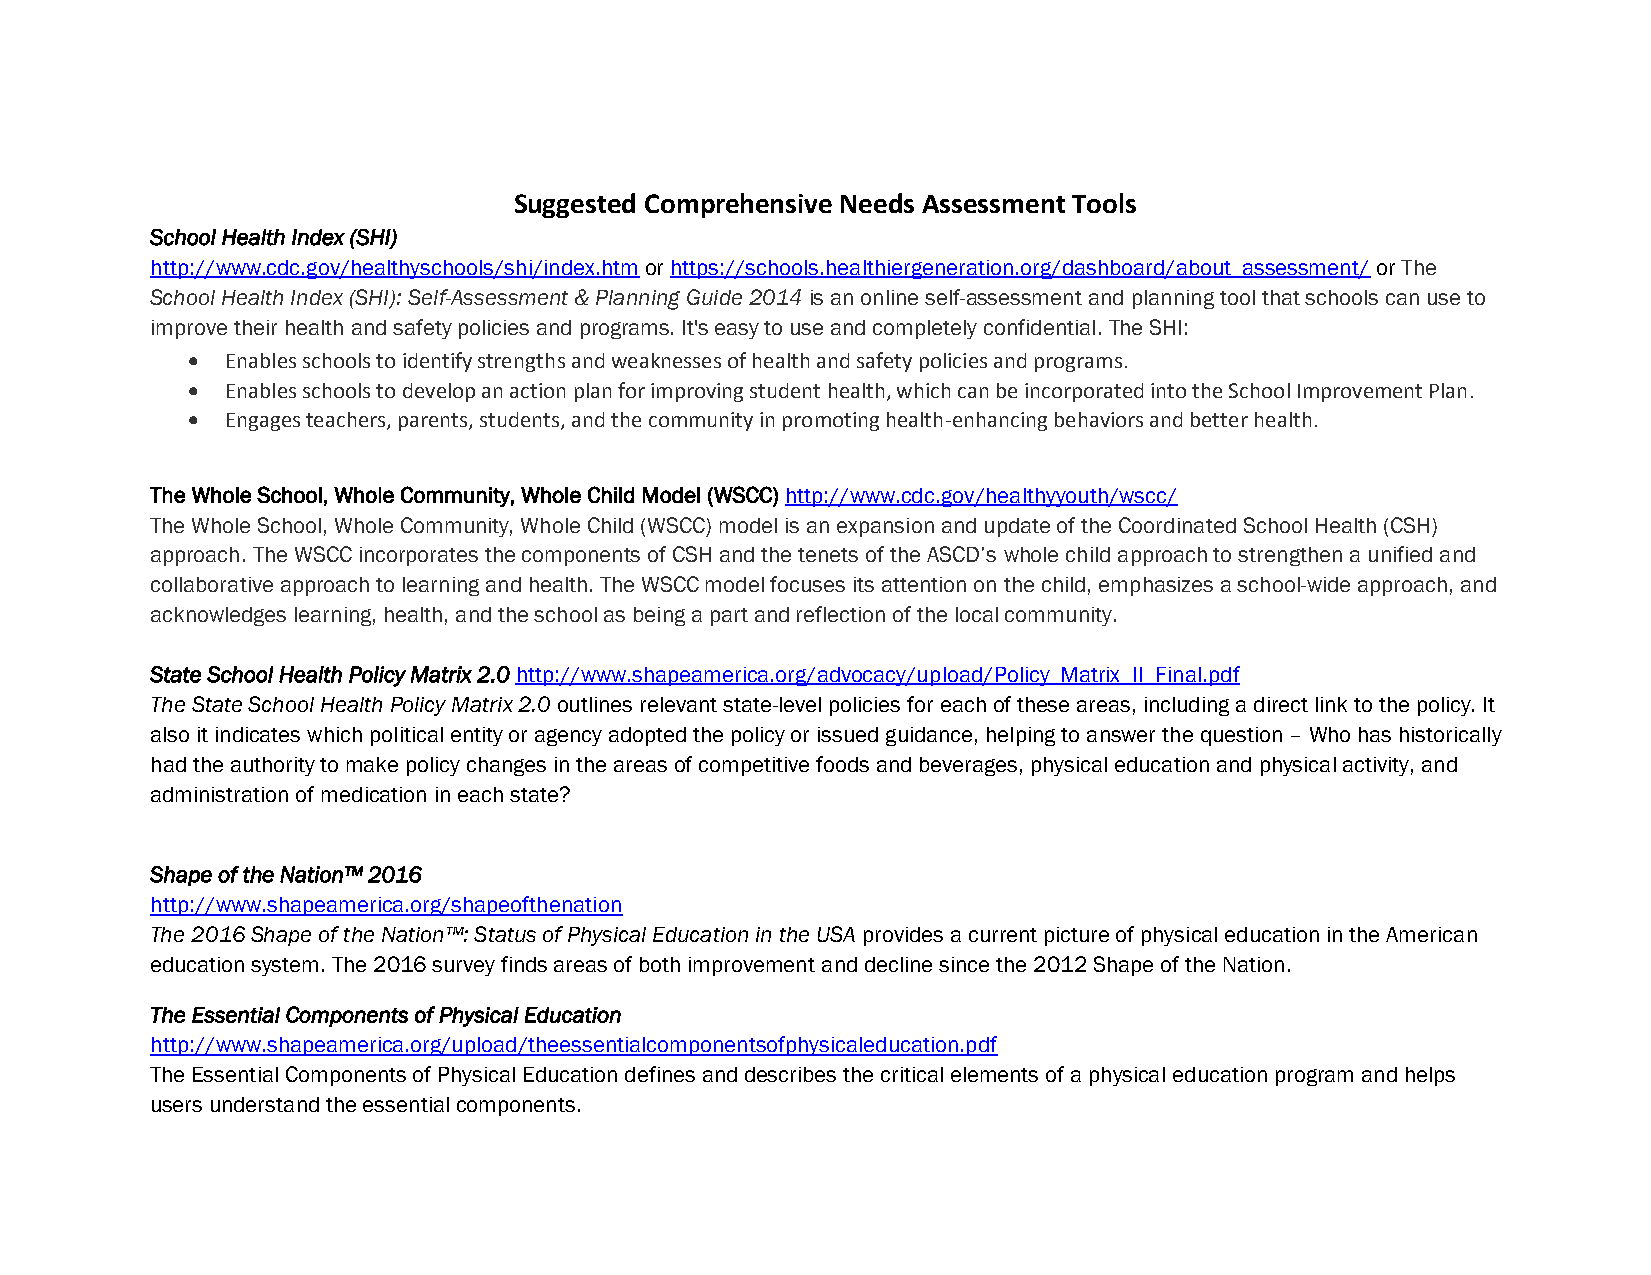
Suggested Comprehensive Needs Assessment Tools
 School Health Index (SHI)
 http://www.cdc.gov/healthyschools/shi/index.htm or https://schools.healthiergeneration.org/dashboard/about_assessment/ or The
 School Health Index (SHI): Self-Assessment & Planning Guide 2014 is an online self-assessment and planning tool that schools can use to
 improve their health and safety policies and programs. It's easy to use and completely confidential. The SHI:
   Enables schools to identify strengths and weaknesses of health and safety policies and programs.
   Enables schools to develop an action plan for improving student health, which can be incorporated into the School Improvement Plan.
   Engages teachers, parents, students, and the community in promoting health-enhancing behaviors and better health.
 The Whole School, Whole Community, Whole Child Model (WSCC) http://www.cdc.gov/healthyyouth/wscc/
 The Whole School, Whole Community, Whole Child (WSCC) model is an expansion and update of the Coordinated School Health (CSH)
 approach. The WSCC incorporates the components of CSH and the tenets of the ASCD’s whole child approach to strengthen a unified and
 collaborative approach to learning and health. The WSCC model focuses its attention on the child, emphasizes a school-wide approach, and
 acknowledges learning, health, and the school as being a part and reflection of the local community.
 State School Health Policy Matrix 2.0 http://www.shapeamerica.org/advocacy/upload/Policy_Matrix_II_Final.pdf
 The State School Health Policy Matrix 2.0 outlines relevant state-level policies for each of these areas, including a direct link to the policy. It
 also it indicates which political entity or agency adopted the policy or issued guidance, helping to answer the question – Who has historically
 had the authority to make policy changes in the areas of competitive foods and beverages, physical education and physical activity, and
 administration of medication in each state?
 Shape of the Nation™ 2016
 http://www.shapeamerica.org/shapeofthenation
 The 2016 Shape of the Nation™: Status of Physical Education in the USA provides a current picture of physical education in the American
 education system. The 2016 survey finds areas of both improvement and decline since the 2012 Shape of the Nation.
 The Essential Components of Physical Education
 http://www.shapeamerica.org/upload/theessentialcomponentsofphysicaleducation.pdf
 The Essential Components of Physical Education defines and describes the critical elements of a physical education program and helps
 users understand the essential components.